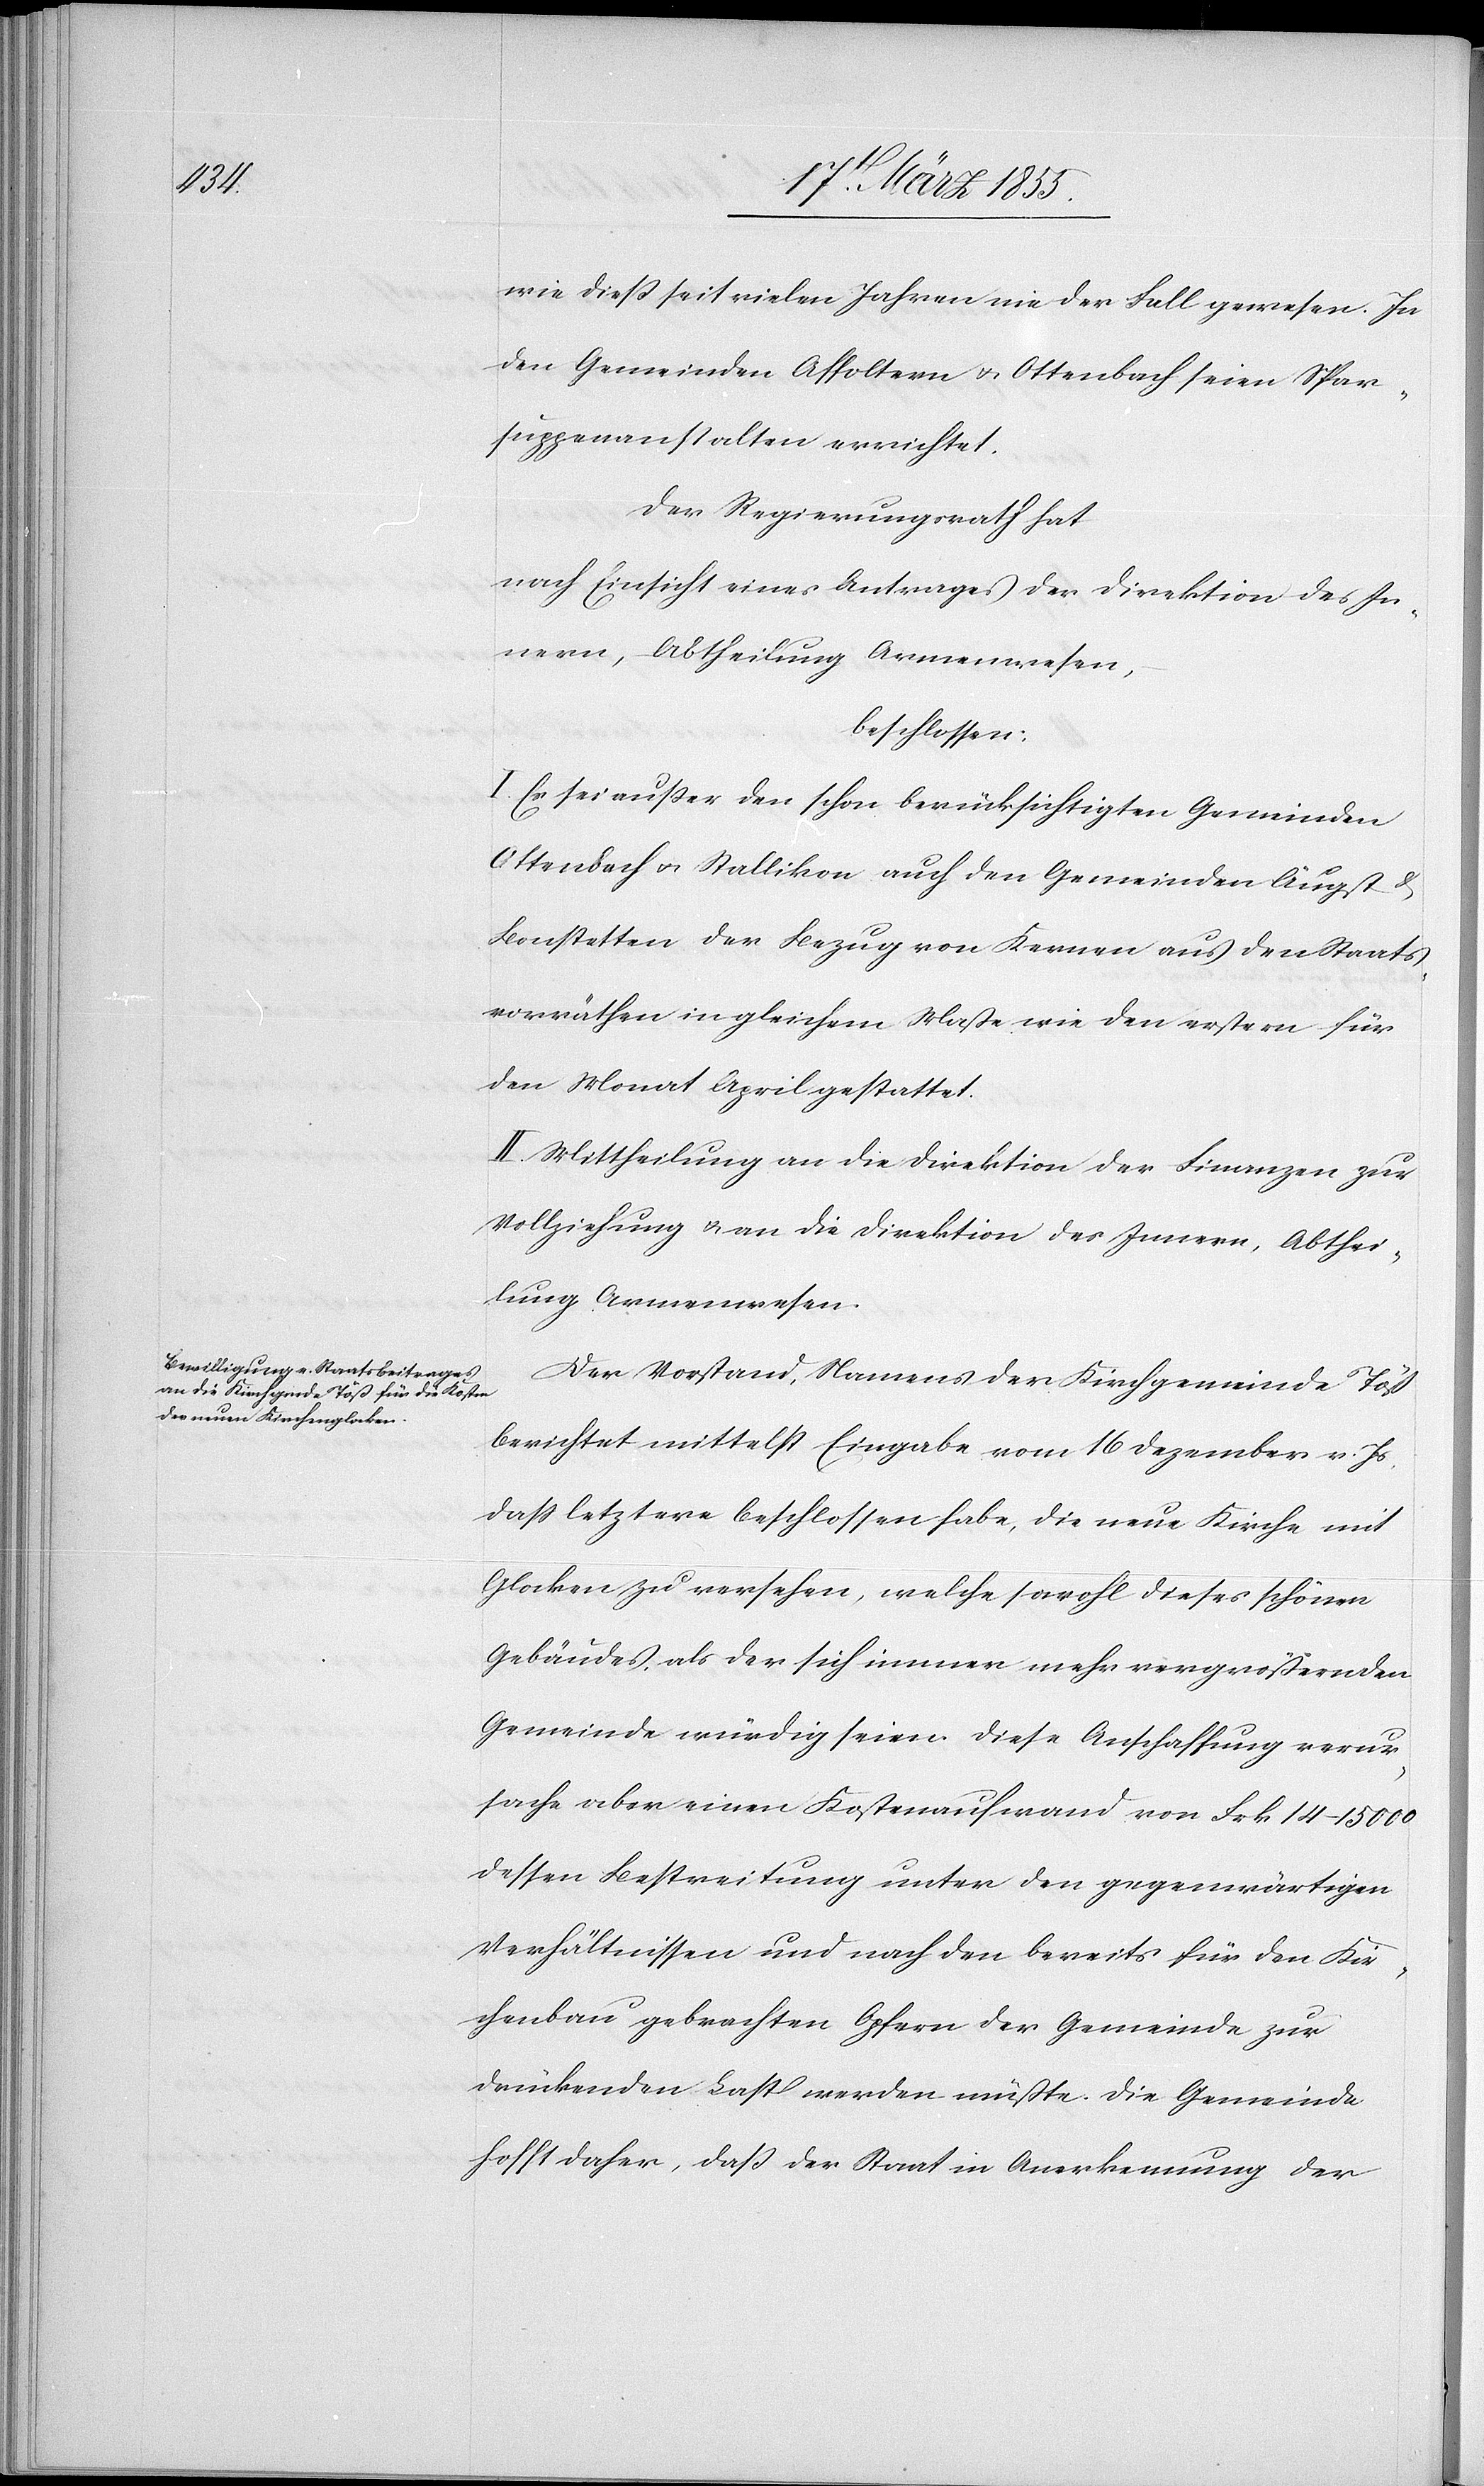
wie dieß seit vielen Jahren nie der Fall gewesen. In
den Gemeinden Affoltern & Ottenbach seien Spar¬
suppenanstalten errichtet.
Der Regierungsrath hat
nach Einsicht eines Antrages der Direktion des In¬
nern, – Abtheilung Armenwesen,
beschlossen:
I. Es sei außer den schon berücksichtigten Gemeinden
Ottenbach & Stallikon auch den Gemeinden Äugst &
Bonstetten der Bezug von Kernen aus den Staats¬
vorräthen in gleichem Maße wie den erstern für
den Monat April gestattet.
II. Mittheilung an die Direktion der Finanzen zur
Vollziehung & an die Direktion des Innern, Abthei¬
lung Armenwesen.
Der Vorstand, Namens der Kirchgemeinde Töß
berichtet mittelst Eingabe vom 16 Dezember v. Js,
dass letztere beschlossen habe, die neue Kirche mit
Glocken zu versehen, welche sowohl dieses schönen
Gebäudes, als der sich immer mehr vergrößernden
Gemeinde würdig seien. Diese Anschaffung verur¬
sache aber einen Kostenaufwand von Frk. 14–15 000
dessen Bestreitung unter den gegenwärtigen
Verhältnissen und nach den bereits für den Kir¬
chenbau gebrachten Opfern der Gemeinde zur
drückenden Last werden müßte. Die Gemeinde
hofft daher, daß der Staat in Anerkennung der